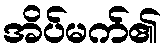
အိပ်မက်၏